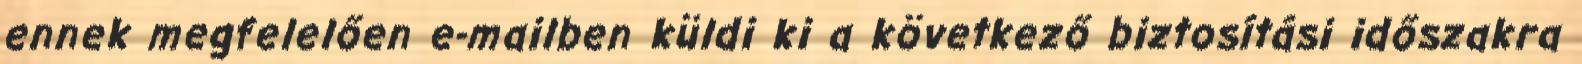
ennek megfelelően e-mailben küldi ki a következő biztosítási időszakra